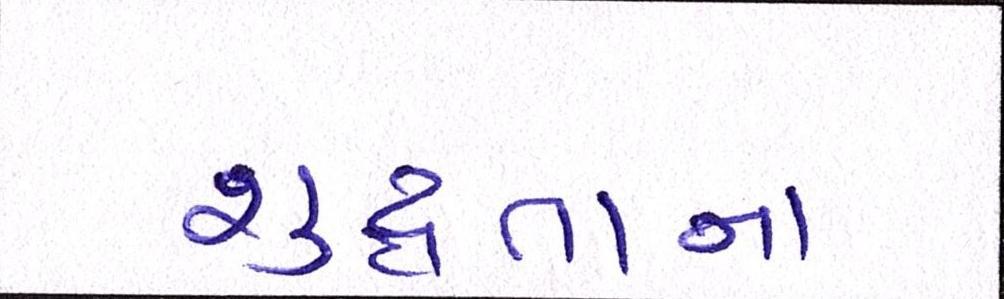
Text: શુદ્ધતાના